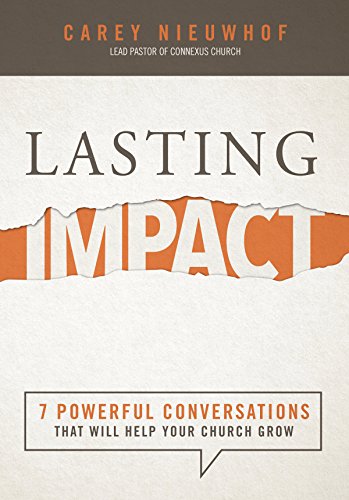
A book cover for Lasting Impact: 7 Powerful Conversations That Will Help Your Church Grow; Carey Nieuwhof; Christian Books & Bibles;